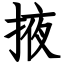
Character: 掖